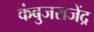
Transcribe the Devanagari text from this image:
कंबुजराजेंद्र